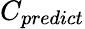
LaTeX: C_{predict}